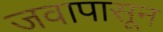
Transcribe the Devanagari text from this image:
जवापासून